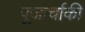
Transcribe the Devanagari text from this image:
पूजार्चाकी